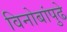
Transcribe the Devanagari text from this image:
विनोबांपुढे